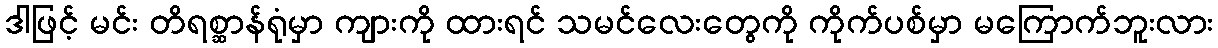
ဒါဖြင့် မင်း တိရစ္ဆာန်ရုံမှာ ကျားကို ထားရင် သမင်လေးတွေကို ကိုက်ပစ်မှာ မကြောက်ဘူးလား